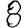
Digit: 8